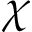
\chi